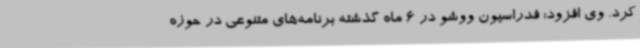
کرد. وی افزود: فدراسیون ووشو در 6 ماه گذشته برنامه‌های متنوعی در حوزه